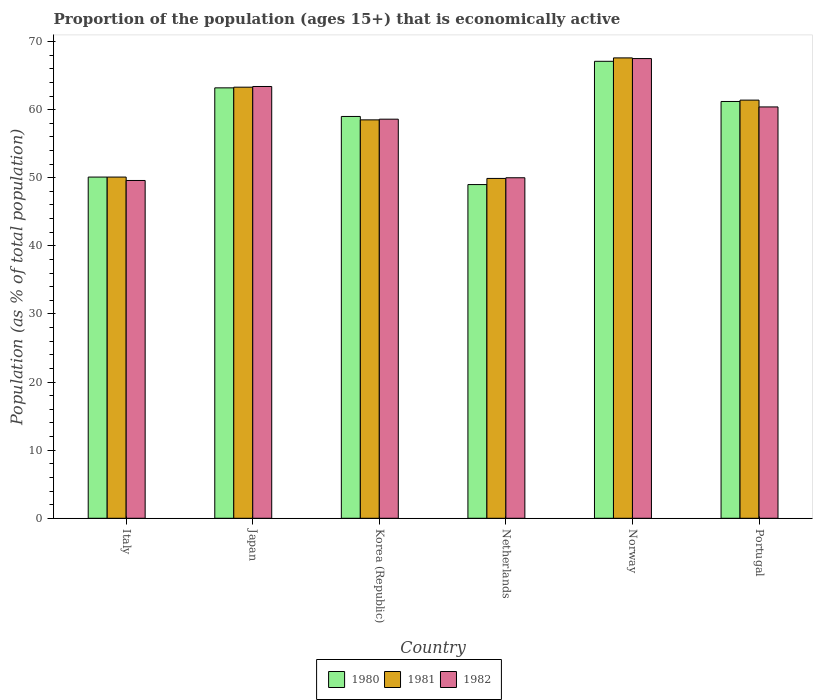
| Country | 1980 | 1981 | 1982 |
 | --- | --- | --- | --- |
 | Italy | 50.1 | 50.1 | 49.6 |
 | Japan | 63.2 | 63.3 | 63.4 |
 | Korea (Republic) | 59 | 58.5 | 58.6 |
 | Netherlands | 49 | 49.9 | 50 |
 | Norway | 67.1 | 67.6 | 67.5 |
 | Portugal | 61.2 | 61.4 | 60.4 |